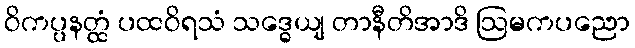
ဝိကပ္ပနတ္ထံ ပထဝိရသံ သဒ္ဓေယျ တာနီတိအာဒိ ဩမကပညော